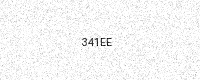
Text: 341EE